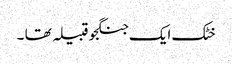
خٹک ایک جنگجو قبیلہ تھا ۔